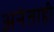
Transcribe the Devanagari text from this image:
अनंताही